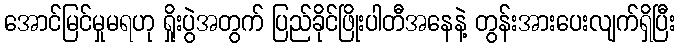
အောင်မြင်မှုမရဟု ရှိုးပွဲအတွက် ပြည်ခိုင်ဖြိုးပါတီအနေနဲ့ တွန်းအားပေးလျက်ရှိပြီး